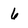
Character: 6